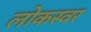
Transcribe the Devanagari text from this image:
लोकस्वर